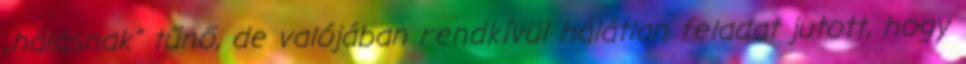
„hálásnak” tű­nő, de valójában rendkívül hálátlan feladat jutott, hogy